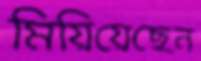
মিয়িয়েছেন